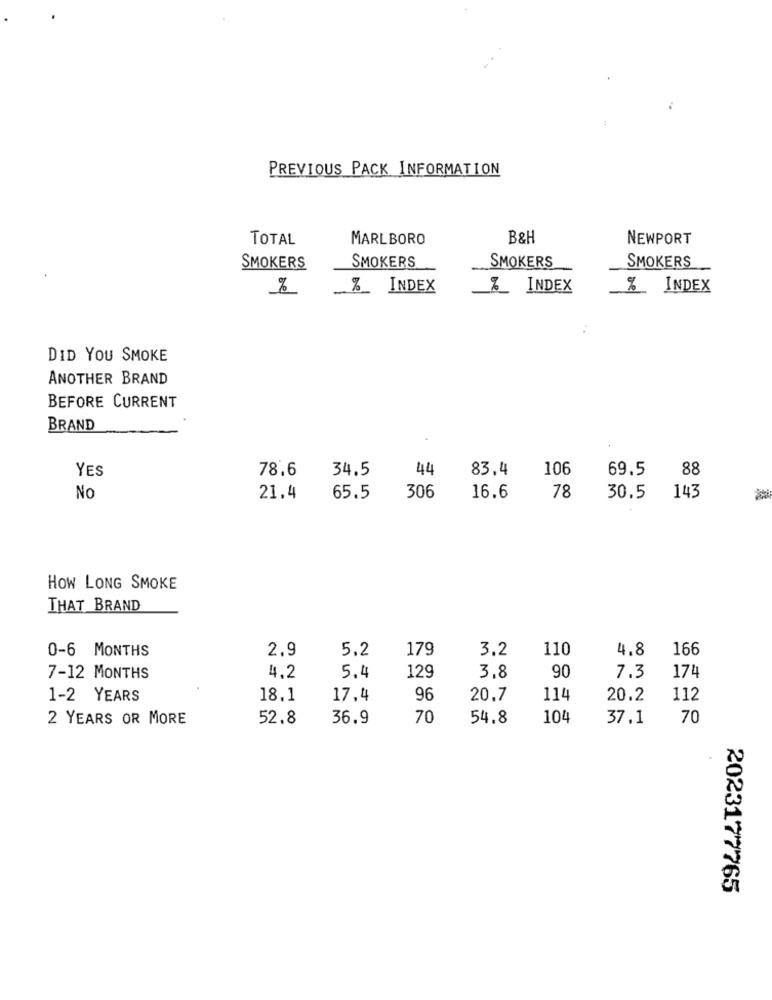
PREVIOUS PACK INFORMATION
TOTAL
MARLBORO
B&H
NEWPORT
SMOKERS
SMOKERS
SMOKERS
SMOKERS
be
%_ INDEX
%_ INDEX
% INDEX
DID YOU SMOKE
ANOTHER BRAND
BEFORE CURRENT
BRAND
YES
44
83.4
106
69.5
88
78.6 34.5
No
21.4
65.5
306
16.6
78
30.5
143
HOW LONG SMOKE
THAT BRAND
0-6 MONTHS
5,2
179
3.2
110
4.8
166
2.9
7-12 MONTHS
4.2
5.4
129
3.8
90
7.3
174
1-2 YEARS
18.1
17.4
96
20.7
114
20.2
112
2 YEARS OR MORE
52.8
36.9
70
54.8
104
37.1
70
2023177765